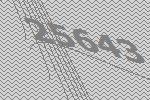
25643